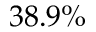
3 8 . 9 \%